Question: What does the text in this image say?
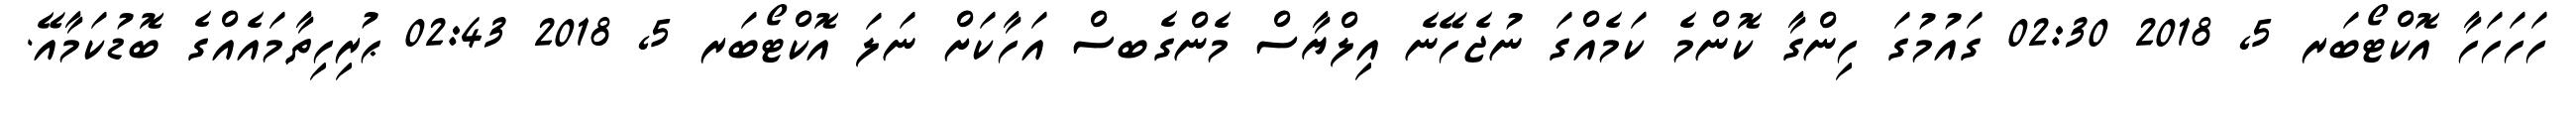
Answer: ހަހަހަހާ އޮކްޓޯބަރ 5, 2018 02:30 ގައުމުގަ ހިންގާ ކޮންމެ ކަމެއްގަ ނުޖެހޭނެ އިލްޔާސް މެންގެބސް އަހާކަށް ނަލަ އޮކްޓޯބަރ 5, 2018 02:43 ޙުރިހިތާމައެއްގެ ބޮޑުކަމާއޭ.